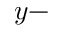
y -